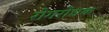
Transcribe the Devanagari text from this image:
रोगरोधक